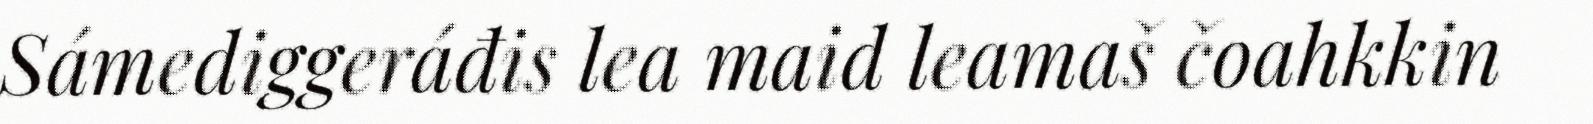
Sámediggeráđis lea maid leamaš čoahkkin